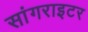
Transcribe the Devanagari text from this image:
सांगराइटर